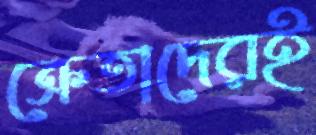
ক্রেতাদেরই